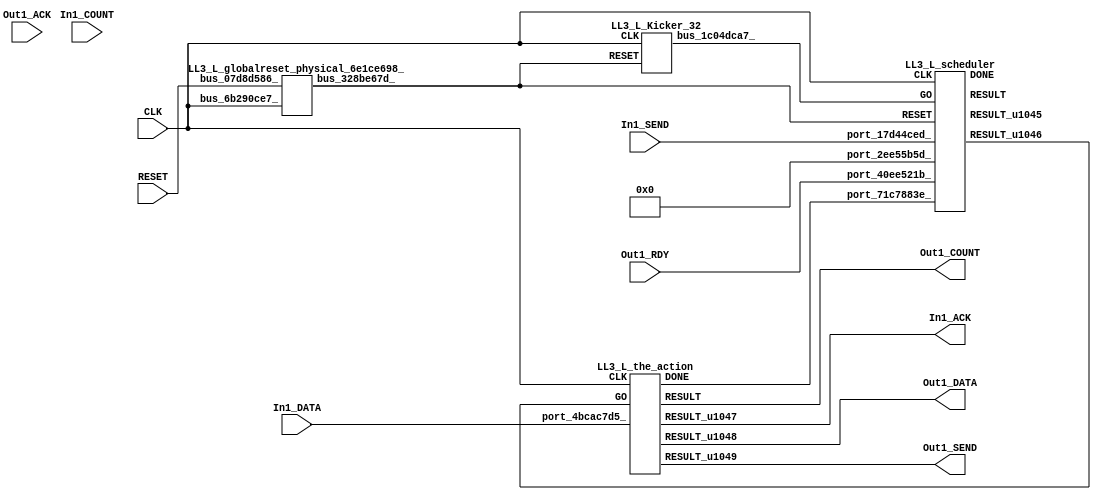
// __  ___ __ ___  _ __   ___  ___ 
// \ \/ / '__/ _ \| '_ \ / _ \/ __|
//  >  <| | | (_) | | | | (_) \__ \
// /_/\_\_|  \___/|_| |_|\___/|___/
// 
// Xronos synthesizer version
// Run date: Thu 2 Nov 2017 13:58:38 +0000
// 

module LL3_L(RESET, In1_ACK, Out1_DATA, In1_DATA, In1_SEND, Out1_COUNT, CLK, Out1_RDY, Out1_SEND, Out1_ACK, In1_COUNT);
input		RESET;
output		In1_ACK;
output	[15:0]	Out1_DATA;
input	[15:0]	In1_DATA;
input		In1_SEND;
output	[15:0]	Out1_COUNT;
input		CLK;
input		Out1_RDY;
wire		the_action_go;
output		Out1_SEND;
input		Out1_ACK;
input	[15:0]	In1_COUNT;
wire		the_action_done;
wire	[31:0]	scheduler_u157;
wire		scheduler;
wire		LL3_L_scheduler_instance_DONE;
wire		scheduler_u158;
wire		bus_328be67d_;
wire	[31:0]	bus_22d133e5_;
wire		LL3_L_the_action_instance_DONE;
wire	[15:0]	the_action;
wire		the_action_u57;
wire	[15:0]	the_action_u58;
wire		the_action_u59;
wire		bus_77ee1451_;
wire		bus_1c04dca7_;
assign In1_ACK=the_action_u57;
assign Out1_DATA=the_action_u58;
assign Out1_COUNT=the_action;
assign the_action_go=scheduler_u158;
assign Out1_SEND=the_action_u59;
assign the_action_done=bus_77ee1451_;
LL3_L_scheduler LL3_L_scheduler_instance(.CLK(CLK), .RESET(bus_328be67d_), .GO(bus_1c04dca7_), 
  .port_2ee55b5d_(32'h0), .port_40ee521b_(Out1_RDY), .port_17d44ced_(In1_SEND), 
  .port_71c7883e_(the_action_done), .DONE(LL3_L_scheduler_instance_DONE), .RESULT(scheduler), 
  .RESULT_u1045(scheduler_u157), .RESULT_u1046(scheduler_u158));
LL3_L_globalreset_physical_6e1ce698_ LL3_L_globalreset_physical_6e1ce698__1(.bus_6b290ce7_(CLK), 
  .bus_07d8d586_(RESET), .bus_328be67d_(bus_328be67d_));
LL3_L_stateVar_fsmState_LL3_L LL3_L_stateVar_fsmState_LL3_L_1(.bus_4e3daf16_(CLK), 
  .bus_537536a8_(bus_328be67d_), .bus_73ff540d_(scheduler), .bus_2a23bcb6_(32'h0), 
  .bus_22d133e5_(bus_22d133e5_));
LL3_L_the_action LL3_L_the_action_instance(.CLK(CLK), .GO(the_action_go), .port_4bcac7d5_(In1_DATA), 
  .DONE(LL3_L_the_action_instance_DONE), .RESULT(the_action), .RESULT_u1047(the_action_u57), 
  .RESULT_u1048(the_action_u58), .RESULT_u1049(the_action_u59));
assign bus_77ee1451_=LL3_L_the_action_instance_DONE&{1{LL3_L_the_action_instance_DONE}};
LL3_L_Kicker_32 LL3_L_Kicker_32_1(.CLK(CLK), .RESET(bus_328be67d_), .bus_1c04dca7_(bus_1c04dca7_));
endmodule



module LL3_L_scheduler(CLK, RESET, GO, port_2ee55b5d_, port_40ee521b_, port_17d44ced_, port_71c7883e_, RESULT, RESULT_u1045, RESULT_u1046, DONE);
input		CLK;
input		RESET;
input		GO;
input	[31:0]	port_2ee55b5d_;
input		port_40ee521b_;
input		port_17d44ced_;
input		port_71c7883e_;
output		RESULT;
output	[31:0]	RESULT_u1045;
output		RESULT_u1046;
output		DONE;
reg		reg_31e85dca_u0=1'h0;
wire		and_u1698_u0;
wire		equals;
wire signed	[31:0]	equals_a_signed;
wire signed	[31:0]	equals_b_signed;
wire		and_u1699_u0;
wire		and_u1700_u0;
wire		not_u330_u0;
wire		and_u1701_u0;
wire		and_u1702_u0;
wire		not_u331_u0;
wire		and_u1703_u0;
wire		and_u1704_u0;
wire		not_u332_u0;
wire		simplePinWrite;
wire		and_u1705_u0;
wire		and_u1706_u0;
wire		and_u1707_u0;
wire		or_u469_u0;
wire		or_u470_u0;
reg		reg_25e24f0b_u0=1'h0;
reg		reg_40988573_u0=1'h0;
always @(posedge CLK or posedge RESET)
begin
if (RESET)
reg_31e85dca_u0<=1'h0;
else reg_31e85dca_u0<=and_u1698_u0;
end
assign and_u1698_u0=or_u469_u0&or_u469_u0;
assign equals_a_signed=32'h0;
assign equals_b_signed=32'h0;
assign equals=equals_a_signed==equals_b_signed;
assign and_u1699_u0=and_u1698_u0&equals;
assign and_u1700_u0=and_u1698_u0&not_u330_u0;
assign not_u330_u0=~equals;
assign and_u1701_u0=and_u1707_u0&port_17d44ced_;
assign and_u1702_u0=and_u1707_u0&not_u331_u0;
assign not_u331_u0=~port_17d44ced_;
assign and_u1703_u0=and_u1706_u0&port_40ee521b_;
assign and_u1704_u0=and_u1706_u0&not_u332_u0;
assign not_u332_u0=~port_40ee521b_;
assign simplePinWrite=and_u1705_u0&{1{and_u1705_u0}};
assign and_u1705_u0=and_u1703_u0&and_u1706_u0;
assign and_u1706_u0=and_u1701_u0&and_u1707_u0;
assign and_u1707_u0=and_u1699_u0&and_u1698_u0;
assign or_u469_u0=reg_25e24f0b_u0|reg_31e85dca_u0;
assign or_u470_u0=GO|and_u1705_u0;
always @(posedge CLK or posedge RESET)
begin
if (RESET)
reg_25e24f0b_u0<=1'h0;
else reg_25e24f0b_u0<=reg_40988573_u0;
end
always @(posedge CLK or posedge RESET)
begin
if (RESET)
reg_40988573_u0<=1'h0;
else reg_40988573_u0<=GO;
end
assign RESULT=or_u470_u0;
assign RESULT_u1045=32'h0;
assign RESULT_u1046=simplePinWrite;
assign DONE=1'h0;
endmodule



module LL3_L_globalreset_physical_6e1ce698_(bus_6b290ce7_, bus_07d8d586_, bus_328be67d_);
input		bus_6b290ce7_;
input		bus_07d8d586_;
output		bus_328be67d_;
wire		or_05652744_u0;
reg		final_u28=1'h1;
reg		sample_u28=1'h0;
wire		and_6328c90f_u0;
reg		cross_u28=1'h0;
reg		glitch_u28=1'h0;
wire		not_52033e9e_u0;
assign or_05652744_u0=bus_07d8d586_|final_u28;
always @(posedge bus_6b290ce7_)
begin
final_u28<=not_52033e9e_u0;
end
always @(posedge bus_6b290ce7_)
begin
sample_u28<=1'h1;
end
assign bus_328be67d_=or_05652744_u0;
assign and_6328c90f_u0=cross_u28&glitch_u28;
always @(posedge bus_6b290ce7_)
begin
cross_u28<=sample_u28;
end
always @(posedge bus_6b290ce7_)
begin
glitch_u28<=cross_u28;
end
assign not_52033e9e_u0=~and_6328c90f_u0;
endmodule



module LL3_L_endianswapper_7719b6ce_(endianswapper_7719b6ce_in, endianswapper_7719b6ce_out);
input	[31:0]	endianswapper_7719b6ce_in;
output	[31:0]	endianswapper_7719b6ce_out;
assign endianswapper_7719b6ce_out=32'h0;
endmodule



module LL3_L_endianswapper_65c3d9a8_(endianswapper_65c3d9a8_in, endianswapper_65c3d9a8_out);
input	[31:0]	endianswapper_65c3d9a8_in;
output	[31:0]	endianswapper_65c3d9a8_out;
assign endianswapper_65c3d9a8_out=32'h0;
endmodule



module LL3_L_stateVar_fsmState_LL3_L(bus_4e3daf16_, bus_537536a8_, bus_73ff540d_, bus_2a23bcb6_, bus_22d133e5_);
input		bus_4e3daf16_;
input		bus_537536a8_;
input		bus_73ff540d_;
input	[31:0]	bus_2a23bcb6_;
output	[31:0]	bus_22d133e5_;
wire	[31:0]	endianswapper_7719b6ce_out;
wire	[31:0]	endianswapper_65c3d9a8_out;
assign bus_22d133e5_=32'h0;
LL3_L_endianswapper_7719b6ce_ LL3_L_endianswapper_7719b6ce__1(.endianswapper_7719b6ce_in(32'h0), 
  .endianswapper_7719b6ce_out(endianswapper_7719b6ce_out));
LL3_L_endianswapper_65c3d9a8_ LL3_L_endianswapper_65c3d9a8__1(.endianswapper_65c3d9a8_in(32'h0), 
  .endianswapper_65c3d9a8_out(endianswapper_65c3d9a8_out));
endmodule



module LL3_L_the_action(CLK, GO, port_4bcac7d5_, RESULT, RESULT_u1047, RESULT_u1048, RESULT_u1049, DONE);
input		CLK;
input		GO;
input	[15:0]	port_4bcac7d5_;
output	[15:0]	RESULT;
output		RESULT_u1047;
output	[15:0]	RESULT_u1048;
output		RESULT_u1049;
output		DONE;
wire		simplePinWrite;
wire		simplePinWrite_u296;
wire	[15:0]	simplePinWrite_u297;
wire	[15:0]	simplePinWrite_u298;
assign simplePinWrite=GO&{1{GO}};
assign simplePinWrite_u296=GO&{1{GO}};
assign simplePinWrite_u297=16'h1&{16{1'h1}};
assign simplePinWrite_u298=port_4bcac7d5_;
assign RESULT=simplePinWrite_u297;
assign RESULT_u1047=simplePinWrite;
assign RESULT_u1048=simplePinWrite_u298;
assign RESULT_u1049=simplePinWrite_u296;
assign DONE=GO;
endmodule



module LL3_L_Kicker_32(CLK, RESET, bus_1c04dca7_);
input		CLK;
input		RESET;
output		bus_1c04dca7_;
wire		bus_551f6309_;
reg		kicker_res=1'h0;
reg		kicker_2=1'h0;
wire		bus_0e3e21a0_;
reg		kicker_1=1'h0;
wire		bus_41e929c4_;
wire		bus_5ad794b8_;
assign bus_551f6309_=kicker_1&bus_0e3e21a0_&bus_41e929c4_;
always @(posedge CLK)
begin
kicker_res<=bus_551f6309_;
end
always @(posedge CLK)
begin
kicker_2<=bus_5ad794b8_;
end
assign bus_0e3e21a0_=~RESET;
always @(posedge CLK)
begin
kicker_1<=bus_0e3e21a0_;
end
assign bus_41e929c4_=~kicker_2;
assign bus_5ad794b8_=bus_0e3e21a0_&kicker_1;
assign bus_1c04dca7_=kicker_res;
endmodule